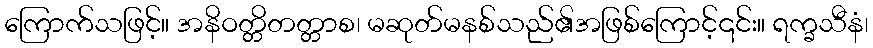
ကြောက်သဖြင့်။ အနိဝတ္တိတတ္တာစ၊ မဆုတ်မနစ်သည်၏အဖြစ်ကြောင့်၎င်း။ ရက္ခသီနံ၊